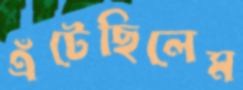
এঁটেছিলেম